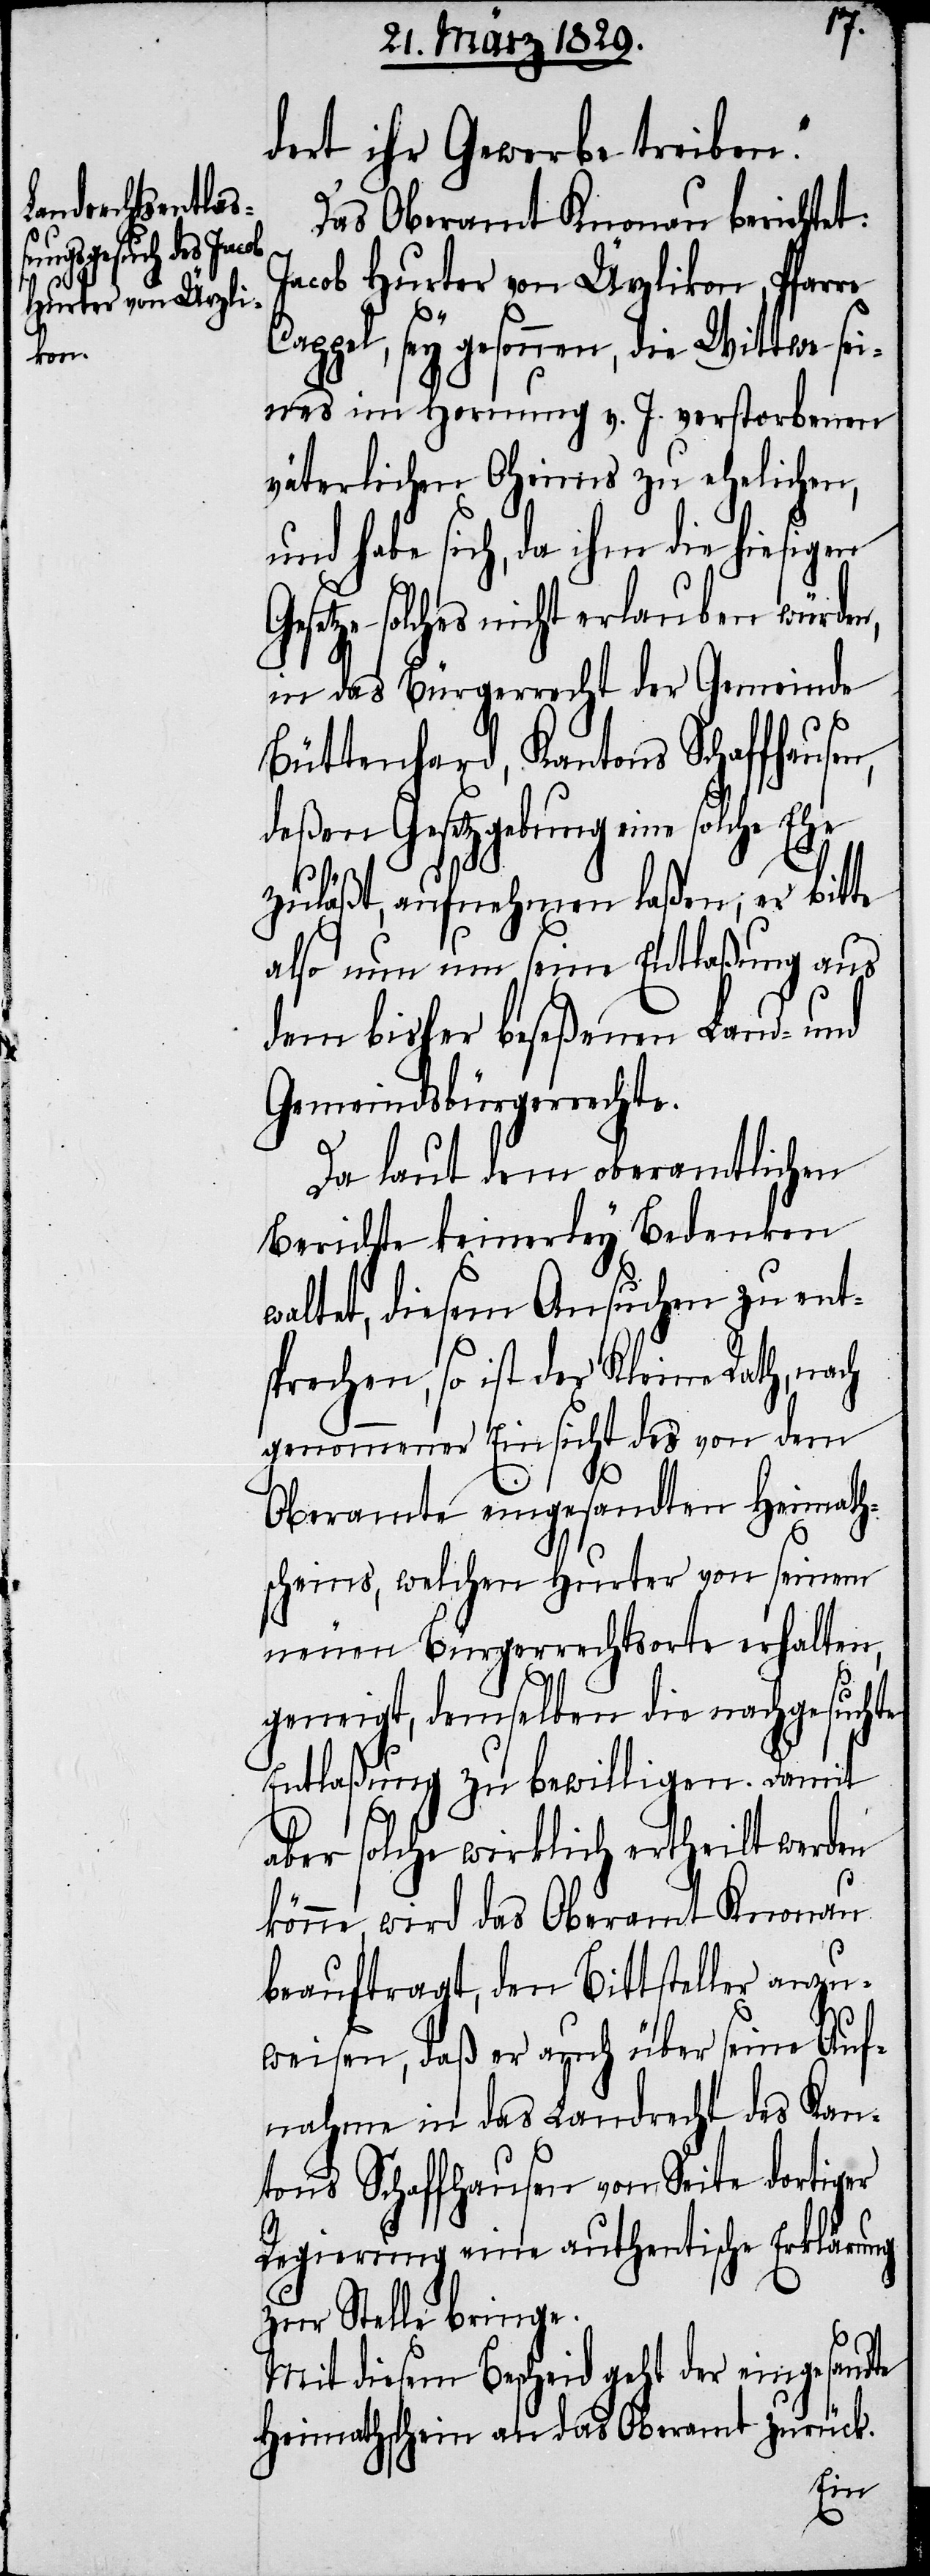
Das Oberamt Knonau berichtet:
Jacob Hurter von Ürzlikon, Pfarre
ppel, sey gesonnen, die Wittwe sei¬
nes in Hornung v. J. verstorbenen
väterlichen Oheims zu ehelichen,
und habe sich, da ihm die hiesigen
Gesetze solches nicht erlauben würden,
in das Bürgerrecht der Gemeinde
Büttenhard, Kantons Schaffhause¬
deßen Gesetzgebung eine solche Ehe
zuläßt, aufnehmen laßen; er bitte
also nun um seine Entlaßung aus
dem bisher beseßenen Land- und
Gemeindsbürgerrechte.
Da laut dem oberamtlichen
Berichte keinerley Bedenken
waltet, diesem Ansuchen zu ent¬
sprechen, so ist der Kleine Rath, nach
genommener Einsicht des von dem
Oberamte eingesandten Heimath¬
scheins, welchen Hurter von seinem
neuen Bürgerrechtsorte erhalten
n,
geneigt, demselben die nachgesuchte
Entlaßung zu bewilligen. Damit
aber solche wirklich ertheilt werden
könne, wird das Oberamt Knonau
beauftragt, den Bittsteller anzu¬
weisen, daß er auch über seine Auf¬
nahme in das Landrecht des Kan¬
tons Schaffhausen von Seite dortiger
Regierung eine authentische Erklärung
zur Stelle bringe.
Mit diesem Bescheid geht der eingesandte
Heimathschein an das Oberamt zurück.